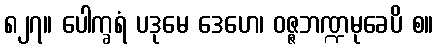
၈၂၇။ ပေါက္ခရံ ပဒုမေ ဒေဟေ၊ ဝဇ္ဇဘဏ္ဍမုခေပိ စ။